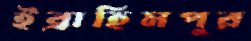
ইব্রাহিমপুর